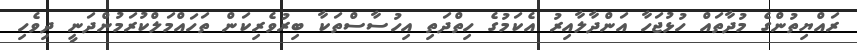
ރައްޔިތުންގެ މުދާތައް ހުޅުޖަހާ އަންދާލާއިރު އެކަމުގެ ހިތްދަތި އިހުސާސްތަކާ ބިރުވެރިކަން ތަހައްމަލްކުރަމުންދަނީ ދިވެހި